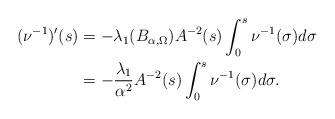
\begin{align*}(\nu^{-1})'(s) &= -\lambda_1(B_{\alpha,\Omega}) A^{-2}(s) \int_0^s \nu^{-1}(\sigma) d\sigma \\&= -\frac{\lambda_1}{\alpha^2} A^{-2}(s) \int_0^s \nu^{-1}(\sigma) d\sigma .\end{align*}